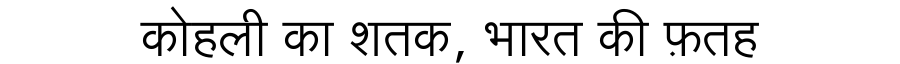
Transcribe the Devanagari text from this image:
कोहली का शतक, भारत की फ़तह